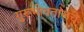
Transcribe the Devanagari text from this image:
गुरूभोवतालचे